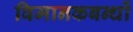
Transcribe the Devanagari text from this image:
विमानकबन्धों